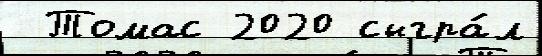
 Томас 2020 сыгра́л